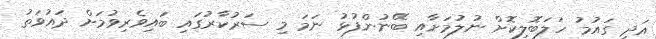
އަދި ގައުމު ހަލަބޮލިކޮށް ނުލުމަށާއި ބޭނުންފުޅު ނަމަ މި ސަރުކާރުގައި ބައިވެރިވުމަށް ދައުވަތު